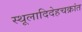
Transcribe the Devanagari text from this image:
स्थूलादिदेहचक्रांत